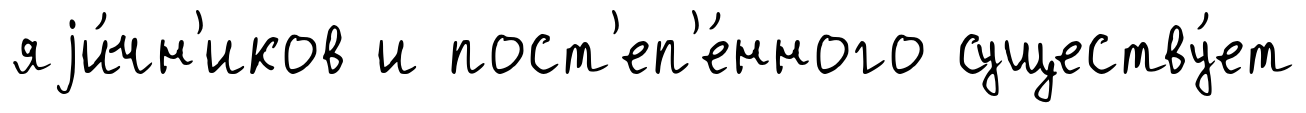
яjи́чн'иков и пост'еп'е́нного существу́ет